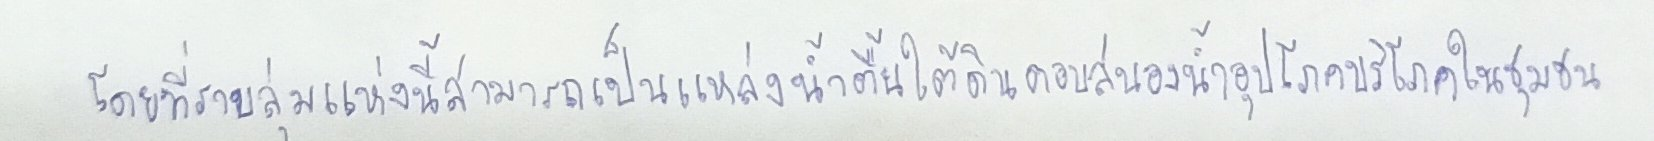
โดยที่ราบลุ่มแห่งนี้สามารถเป็นแหล่งน้ำตื้นใต้ดินตอบสนองน้ำอุปโภคบริโภคในชุมชน